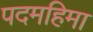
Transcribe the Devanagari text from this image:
पदमहिमा